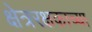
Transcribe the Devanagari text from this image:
क्षेत्ररक्षकाच्या